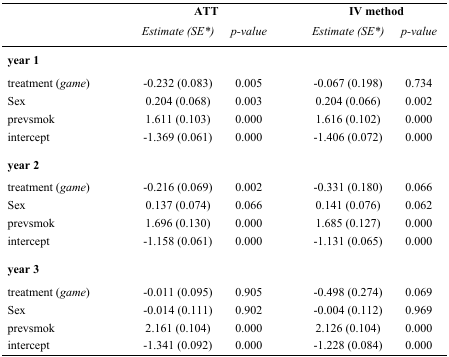
| <ROWSPAN=2>  | <COLSPAN=2> ATT | <COLSPAN=2> IV method |
 | Estimate (SE*) | p-value | Estimate (SE*) | p-value |
 | --- | --- | --- | --- | --- |
 | <COLSPAN=5> year 1 |
 | treatment (game) | −0.232 (0.083) | 0.005 | −0.067 (0.198) | 0.734 |
 | Sex | 0.204 (0.068) | 0.003 | 0.204 (0.066) | 0.002 |
 | prevsmok | 1.611 (0.103) | 0.000 | 1.616 (0.102) | 0.000 |
 | intercept | −1.369 (0.061) | 0.000 | −1.406 (0.072) | 0.000 |
 | <COLSPAN=5> year 2 |
 | treatment (game) | −0.216 (0.069) | 0.002 | −0.331 (0.180) | 0.066 |
 | Sex | 0.137 (0.074) | 0.066 | 0.141 (0.076) | 0.062 |
 | prevsmok | 1.696 (0.130) | 0.000 | 1.685 (0.127) | 0.000 |
 | intercept | −1.158 (0.061) | 0.000 | −1.131 (0.065) | 0.000 |
 | <COLSPAN=5> year 3 |
 | treatment (game) | −0.011 (0.095) | 0.905 | −0.498 (0.274) | 0.069 |
 | Sex | −0.014 (0.111) | 0.902 | −0.004 (0.112) | 0.969 |
 | prevsmok | 2.161 (0.104) | 0.000 | 2.126 (0.104) | 0.000 |
 | intercept | −1.341 (0.092) | 0.000 | −1.228 (0.084) | 0.000 |